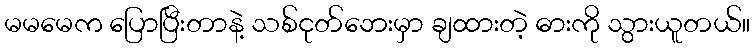
မမမေက ပြောပြီးတာနဲ့ သစ်ငုတ်ဘေးမှာ ချထားတဲ့ ဓားကို သွားယူတယ်။